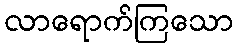
လာရောက်ကြသော